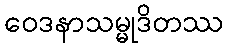
ဝေဒနာသမ္မုဒိတဿ